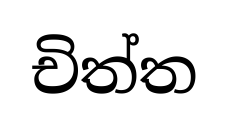
චිත්ත